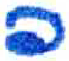
אות: פ